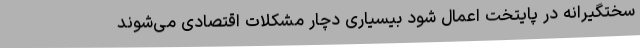
سختگیرانه در پایتخت اعمال شود بیسیاری دچار مشکلات اقتصادی می‌شوند